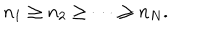
n _ { 1 } \ge n _ { 2 } \ge \cdots \ge n _ { N } .